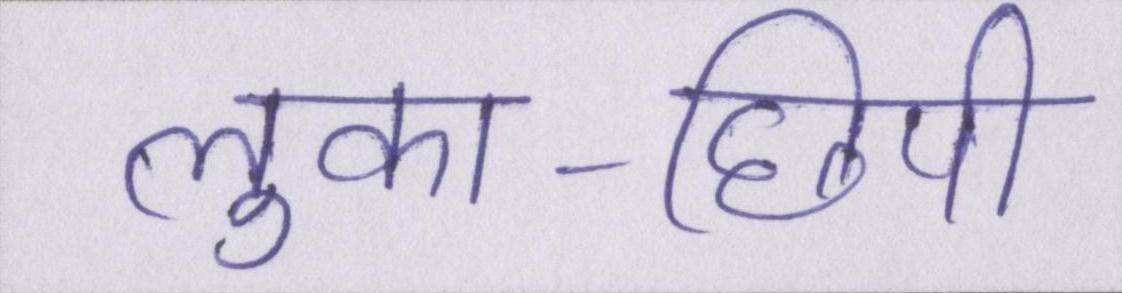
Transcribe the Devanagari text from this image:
लुका-छिपी